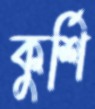
কুর্শি